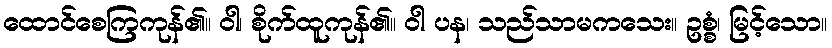
ထောင်စေကြကုန်၏။ ဝါ၊ စိုက်ထူကုန်၏။ ဝါ ပန၊ သည်သာမကသေး။ ဥစ္စံ၊ မြင့်သော။